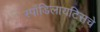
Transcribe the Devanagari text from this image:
स्पाँडिलायटिसचे